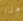
هذا